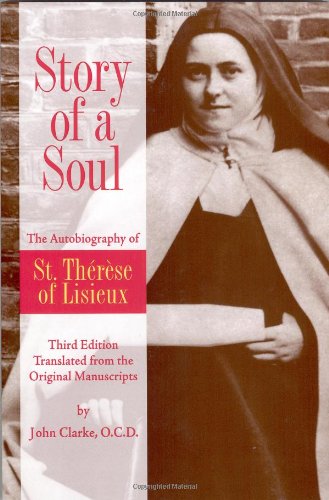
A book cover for Story of a Soul: The Autobiography of St. Therese of Lisieux, Third Edition; Therese de Lisieux; Biographies & Memoirs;